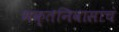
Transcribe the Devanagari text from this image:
भक्तनिवासांचं